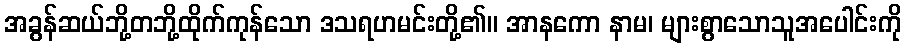
အခွန်ဆယ်ဘို့တဘို့ထိုက်ကုန်သော ဒသရဟမင်းတို့၏။ အာနကော နာမ၊ များစွာသောသူအပေါင်းကို